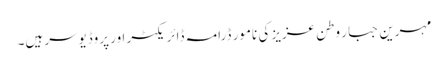
مہرین جبار وطن عزیز کی نامور ڈرامہ ڈائریکٹر اور پروڈیوسر ہیں۔